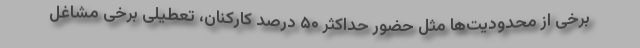
برخی از محدودیت‌ها مثل حضور حداکثر ۵۰ درصد کارکنان، تعطیلی برخی مشاغل